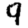
Digit: 9